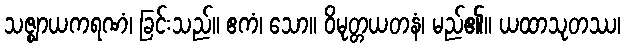
သဇ္ဈာယကရဏံ၊ ခြင်းသည်။ ဧကံ၊ သော။ ဝိမုတ္တယတနံ၊ မည်၏။ ယထာသုတဿ၊